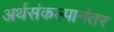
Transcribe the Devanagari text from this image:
अर्थसंकल्पानंतर